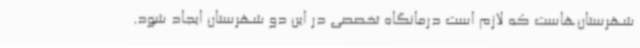
شهرستان‌هاست که لازم است درمانگاه تخصصی در این دو شهرستان ایجاد شود.